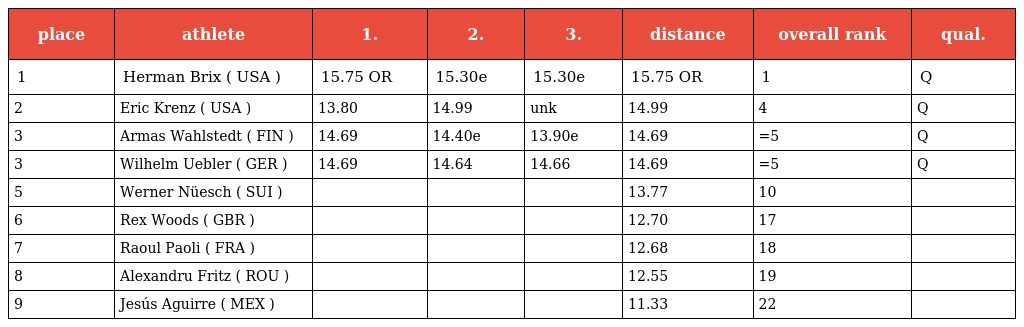
| place | athlete | 1. | 2. | 3. | distance | overall rank | qual. |
 | --- | --- | --- | --- | --- | --- | --- | --- |
 | 1 | Herman Brix ( USA ) | 15.75 OR | 15.30e | 15.30e | 15.75 OR | 1 | Q |
 | 2 | Eric Krenz ( USA ) | 13.80 | 14.99 | unk | 14.99 | 4 | Q |
 | 3 | Armas Wahlstedt ( FIN ) | 14.69 | 14.40e | 13.90e | 14.69 | =5 | Q |
 | 3 | Wilhelm Uebler ( GER ) | 14.69 | 14.64 | 14.66 | 14.69 | =5 | Q |
 | 5 | Werner Nüesch ( SUI ) |  |  |  | 13.77 | 10 |  |
 | 6 | Rex Woods ( GBR ) |  |  |  | 12.70 | 17 |  |
 | 7 | Raoul Paoli ( FRA ) |  |  |  | 12.68 | 18 |  |
 | 8 | Alexandru Fritz ( ROU ) |  |  |  | 12.55 | 19 |  |
 | 9 | Jesús Aguirre ( MEX ) |  |  |  | 11.33 | 22 |  |